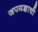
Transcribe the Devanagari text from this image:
जपयज्ञाची